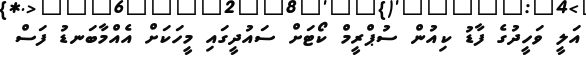
އަލީ ވަހީދުގެ ފާޑު ކިއުން ސުޕްރީމް ކޯޓަށް ސައުދީގައި މީހަކަށް އެއްމާބަނޑު ފަސް